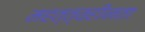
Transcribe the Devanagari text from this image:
महत्त्वहीनता